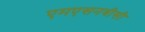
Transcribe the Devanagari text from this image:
एमएसनबीसी